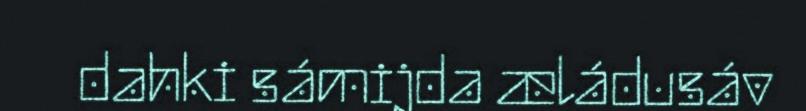
dahki sámijda æládusáv